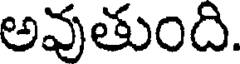
అవుతుంది.